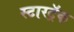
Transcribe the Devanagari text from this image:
स्टारट्रॅक